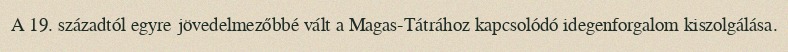
A 19. századtól egyre jövedelmezőbbé vált a Magas-Tátrához kapcsolódó idegenforgalom kiszolgálása.